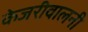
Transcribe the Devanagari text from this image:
केजरीवालनी